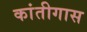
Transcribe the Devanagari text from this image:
कांतीगास